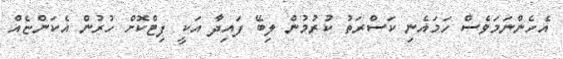
އެހެންނަމަވެސް ހަމައެނި ކަސްރަތު ކުރުމުން ލިބޭ ފައިދާ އަކީ ފިޓްކޮށް ހުރުން އެކަންޏެއް